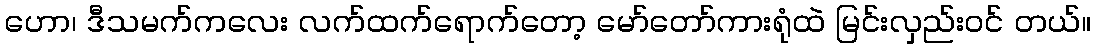
ဟော၊ ဒီသမက်ကလေး လက်ထက်ရောက်တော့ မော်တော်ကားရုံထဲ မြင်းလှည်းဝင် တယ်။